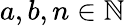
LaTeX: a,b,n\in\mathbb{N}